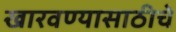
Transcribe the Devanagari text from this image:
खारवण्यासाठीचे